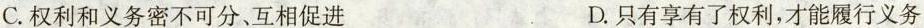
C.权利和义务密不可分、互相促进 D.只有享有了权利，才能履行义务